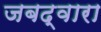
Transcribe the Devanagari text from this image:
जबद्वारा